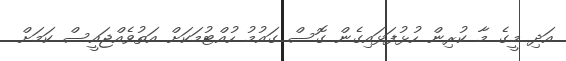
އަދި މީގެ މާ ކުރިން ހުޅުފަޅައިގެން ގޮސް ގައުމު ހުއްޓުމަކަށް އަތުވެއްޖައީސް ކަމަށް